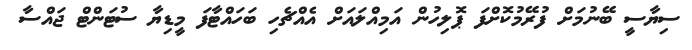
ސިޔާސީ ބޭނުމަށް ފުރޭމުކޮށްފަ ޕޮލިހުން އަމިއްލައަށް އެެއްޗެހި ބަހައްޓާފަ މީޑިޔާ ސުޓަންޓް ޖައްސާ